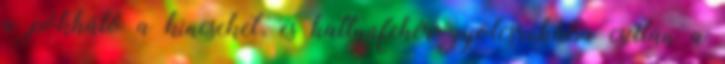
a pókháló a kincseket, és hattyúfehér gyolcsruhába csillan a